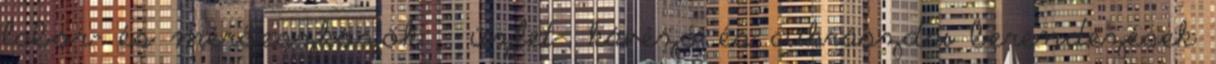
labor- és mérőeszközök · üzlet-, kávézó és cukrászdai berendezések